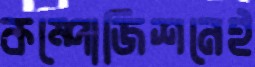
কম্পোজিশনেই